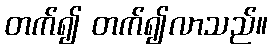
တက်၍ တက်၍လာသည်။